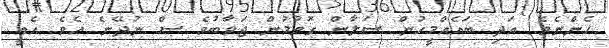
ހެންނެވެ. އަދި ބައެއްމީހުން ސަލާން ގޮވުމުން ޖަވާބުވެ ސް ނުދޭނެ އެވެ. އެއީ